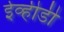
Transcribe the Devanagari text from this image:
ईव्हीडी